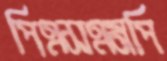
পিএসএমপি